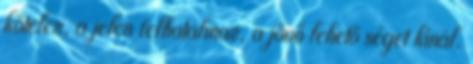
kötelez, a jelen felhatalmaz, a jövő lehető séget kínál.